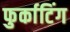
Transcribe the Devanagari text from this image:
फुर्काटिंग